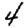
Digit: 4